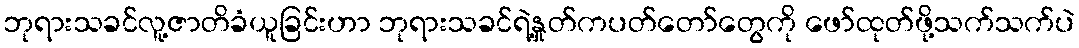
ဘုရားသခင်လူ့ဇာတိခံယူခြင်းဟာ ဘုရားသခင်ရဲ့နှုတ်ကပတ်တော်တွေကို ဖော်ထုတ်ဖို့သက်သက်ပဲ